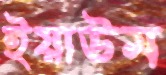
ইয়াউম